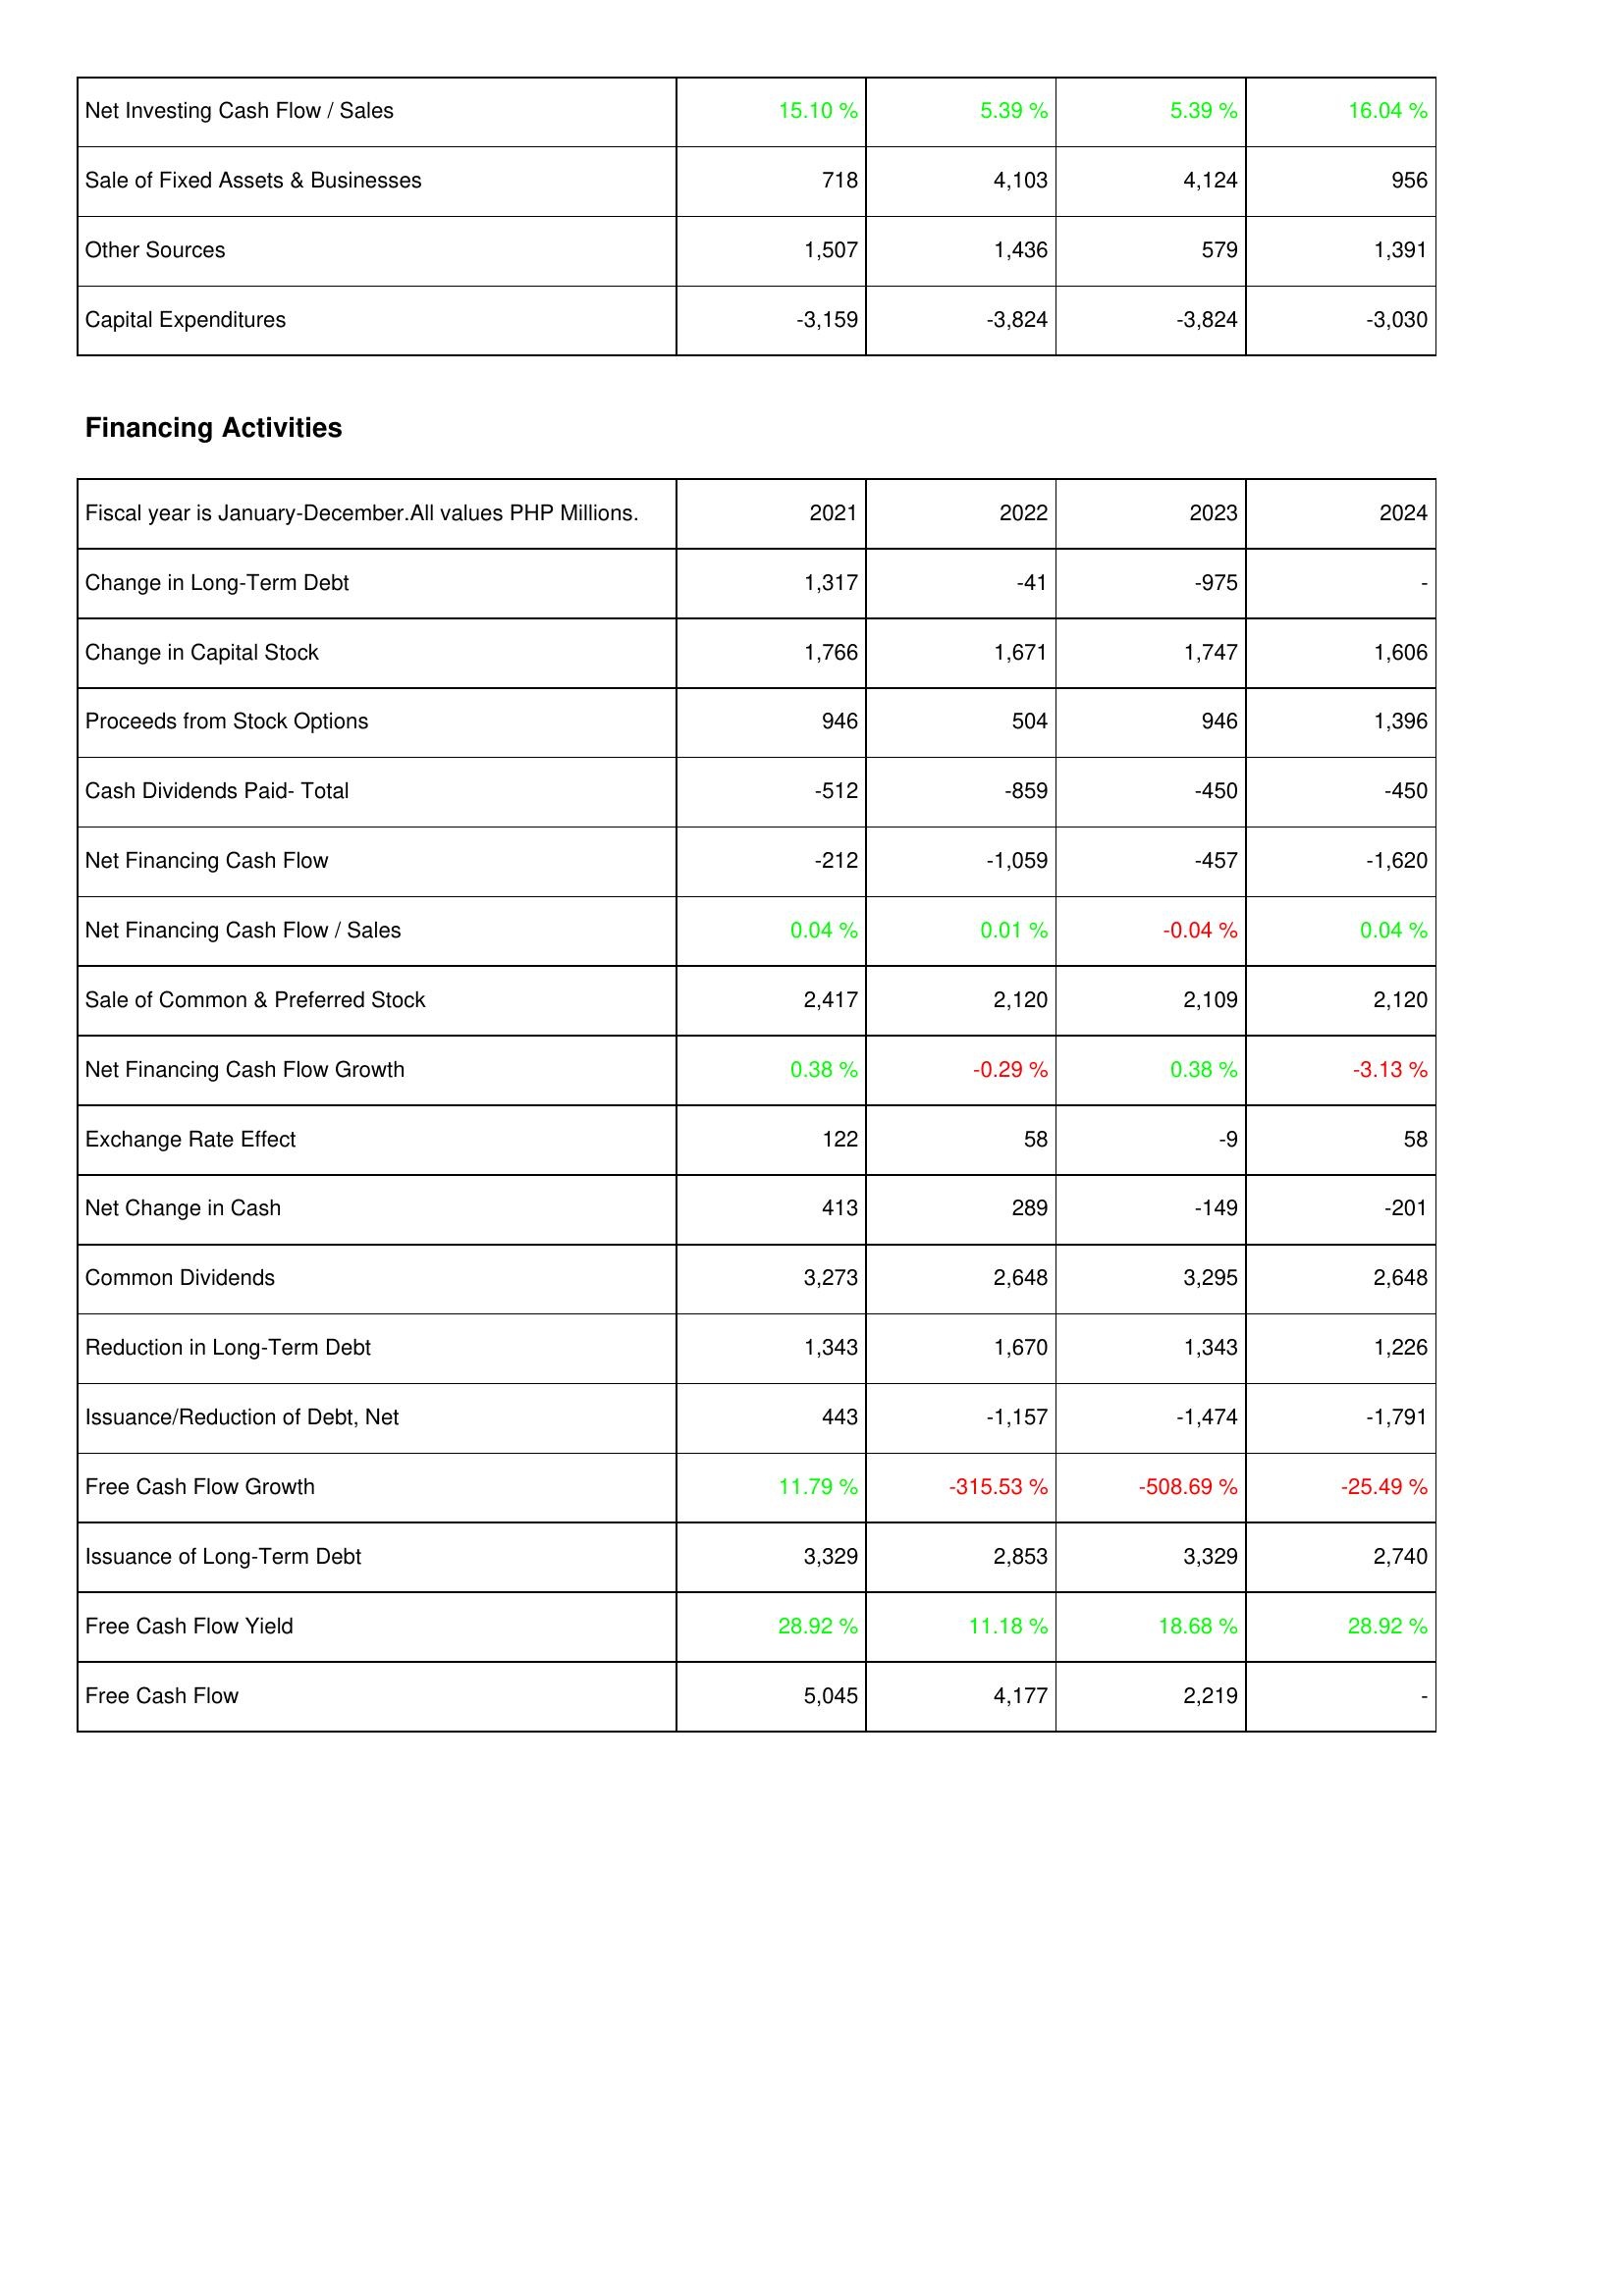
2021: Investing Activities: Net Investing Cash Flow / Sales: 15.10 %
Sale of Fixed Assets & Businesses: 718
Other Sources: 1,507
Capital Expenditures: -3,159
Financing Activities: Change in Long-Term Debt: 1,317
Change in Capital Stock: 1,766
Proceeds from Stock Options: 946
Cash Dividends Paid- Total: -512
Net Financing Cash Flow: -212
Net Financing Cash Flow / Sales: 0.04 %
Sale of Common & Preferred Stock: 2,417
Net Financing Cash Flow Growth: 0.38 %
Exchange Rate Effect: 122
Net Change in Cash: 413
Common Dividends: 3,273
Reduction in Long-Term Debt: 1,343
Issuance/Reduction of Debt, Net: 443
Free Cash Flow Growth: 11.79 %
Issuance of Long-Term Debt: 3,329
Free Cash Flow Yield: 28.92 %
Free Cash Flow: 5,045
2022: Investing Activities: Net Investing Cash Flow / Sales: 5.39 %
Sale of Fixed Assets & Businesses: 4,103
Other Sources: 1,436
Capital Expenditures: -3,824
Financing Activities: Change in Long-Term Debt: -41
Change in Capital Stock: 1,671
Proceeds from Stock Options: 504
Cash Dividends Paid- Total: -859
Net Financing Cash Flow: -1,059
Net Financing Cash Flow / Sales: 0.01 %
Sale of Common & Preferred Stock: 2,120
Net Financing Cash Flow Growth: -0.29 %
Exchange Rate Effect: 58
Net Change in Cash: 289
Common Dividends: 2,648
Reduction in Long-Term Debt: 1,670
Issuance/Reduction of Debt, Net: -1,157
Free Cash Flow Growth: -315.53 %
Issuance of Long-Term Debt: 2,853
Free Cash Flow Yield: 11.18 %
Free Cash Flow: 4,177
2023: Investing Activities: Net Investing Cash Flow / Sales: 5.39 %
Sale of Fixed Assets & Businesses: 4,124
Other Sources: 579
Capital Expenditures: -3,824
Financing Activities: Change in Long-Term Debt: -975
Change in Capital Stock: 1,747
Proceeds from Stock Options: 946
Cash Dividends Paid- Total: -450
Net Financing Cash Flow: -457
Net Financing Cash Flow / Sales: -0.04 %
Sale of Common & Preferred Stock: 2,109
Net Financing Cash Flow Growth: 0.38 %
Exchange Rate Effect: -9
Net Change in Cash: -149
Common Dividends: 3,295
Reduction in Long-Term Debt: 1,343
Issuance/Reduction of Debt, Net: -1,474
Free Cash Flow Growth: -508.69 %
Issuance of Long-Term Debt: 3,329
Free Cash Flow Yield: 18.68 %
Free Cash Flow: 2,219
2024: Investing Activities: Net Investing Cash Flow / Sales: 16.04 %
Sale of Fixed Assets & Businesses: 956
Other Sources: 1,391
Capital Expenditures: -3,030
Financing Activities: Change in Long-Term Debt: -
Change in Capital Stock: 1,606
Proceeds from Stock Options: 1,396
Cash Dividends Paid- Total: -450
Net Financing Cash Flow: -1,620
Net Financing Cash Flow / Sales: 0.04 %
Sale of Common & Preferred Stock: 2,120
Net Financing Cash Flow Growth: -3.13 %
Exchange Rate Effect: 58
Net Change in Cash: -201
Common Dividends: 2,648
Reduction in Long-Term Debt: 1,226
Issuance/Reduction of Debt, Net: -1,791
Free Cash Flow Growth: -25.49 %
Issuance of Long-Term Debt: 2,740
Free Cash Flow Yield: 28.92 %
Free Cash Flow: -